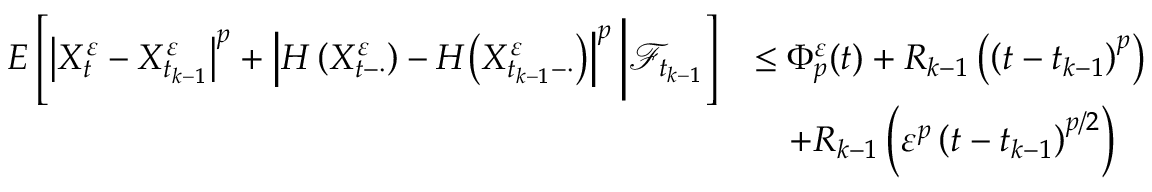
\begin{array} { r l } { E \left[ \left| X _ { t } ^ { \varepsilon } - X _ { t _ { k - 1 } } ^ { \varepsilon } \right| ^ { p } + \left| H \left( X _ { t - \cdot } ^ { \varepsilon } \right) - H \bigl ( X _ { t _ { k - 1 } - \cdot } ^ { \varepsilon } \bigr ) \right| ^ { p } \bigg | \mathcal { F } _ { t _ { k - 1 } } \right] } & { \leq \Phi _ { p } ^ { \varepsilon } ( t ) + R _ { k - 1 } \left( \left( t - t _ { k - 1 } \right) ^ { p } \right) } \\ & { \quad + R _ { k - 1 } \left( \varepsilon ^ { p } \left( t - t _ { k - 1 } \right) ^ { p / 2 } \right) } \end{array}